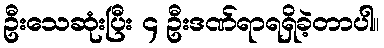
ဦးသေဆုံးပြီး ၄ ဦးဒဏ်ရာရရှိခဲ့တာပါ။